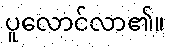
ပူလောင်လာ၏။